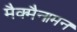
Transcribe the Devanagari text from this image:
मैक्मैनामन